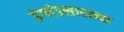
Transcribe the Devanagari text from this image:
इंग्लंडसारख्या